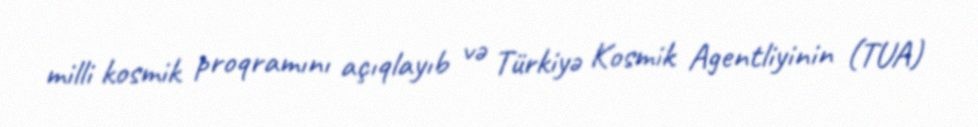
milli kosmik proqramını açıqlayıb və Türkiyə Kosmik Agentliyinin (TUA)